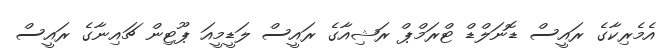
އެމެރިކާގެ ރައީސް ޑޮނަލްޑް ޓްރަމްޕް ރަޝިއާގެ ރައީސް ލަޑީމީއަ ޕޫޓިން ޗައިނާގެ ރައީސް